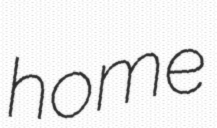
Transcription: home